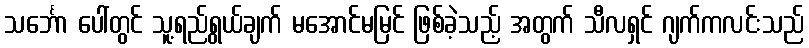
သင်္ဘော ပေါ်တွင် သူ့ရည်ရွယ်ချက် မအောင်မမြင် ဖြစ်ခဲ့သည့် အတွက် သီလရှင် ဂျက်ကလင်းသည်